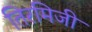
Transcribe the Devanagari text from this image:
तिरमिजी